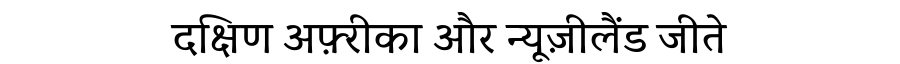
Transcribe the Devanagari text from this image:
दक्षिण अफ़्रीका और न्यूज़ीलैंड जीते